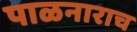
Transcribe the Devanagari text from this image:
पाळनाराच